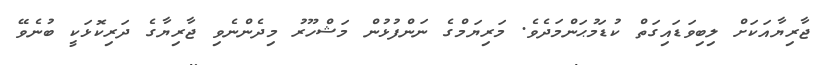
ޖާރިޔާއަކަށް ލިބިވަޑައިގަތް ކުޑަމުޙަންމަދެވެ. މަރިޔަމްގެ ނަންފުޅުން މަޝްހޫރު މިދެންނެވި ޖާރިޔާގެ ދަރިކޮޅަކީ ބުނެވޭ